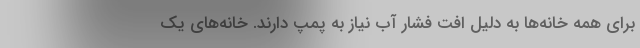
برای همه خانه‌ها به دلیل افت فشار آب نیاز به پمپ دارند. خانه‌های یک